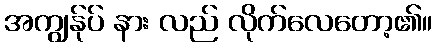
အကျွန်ုပ် နား လည် လိုက်လေတော့၏။